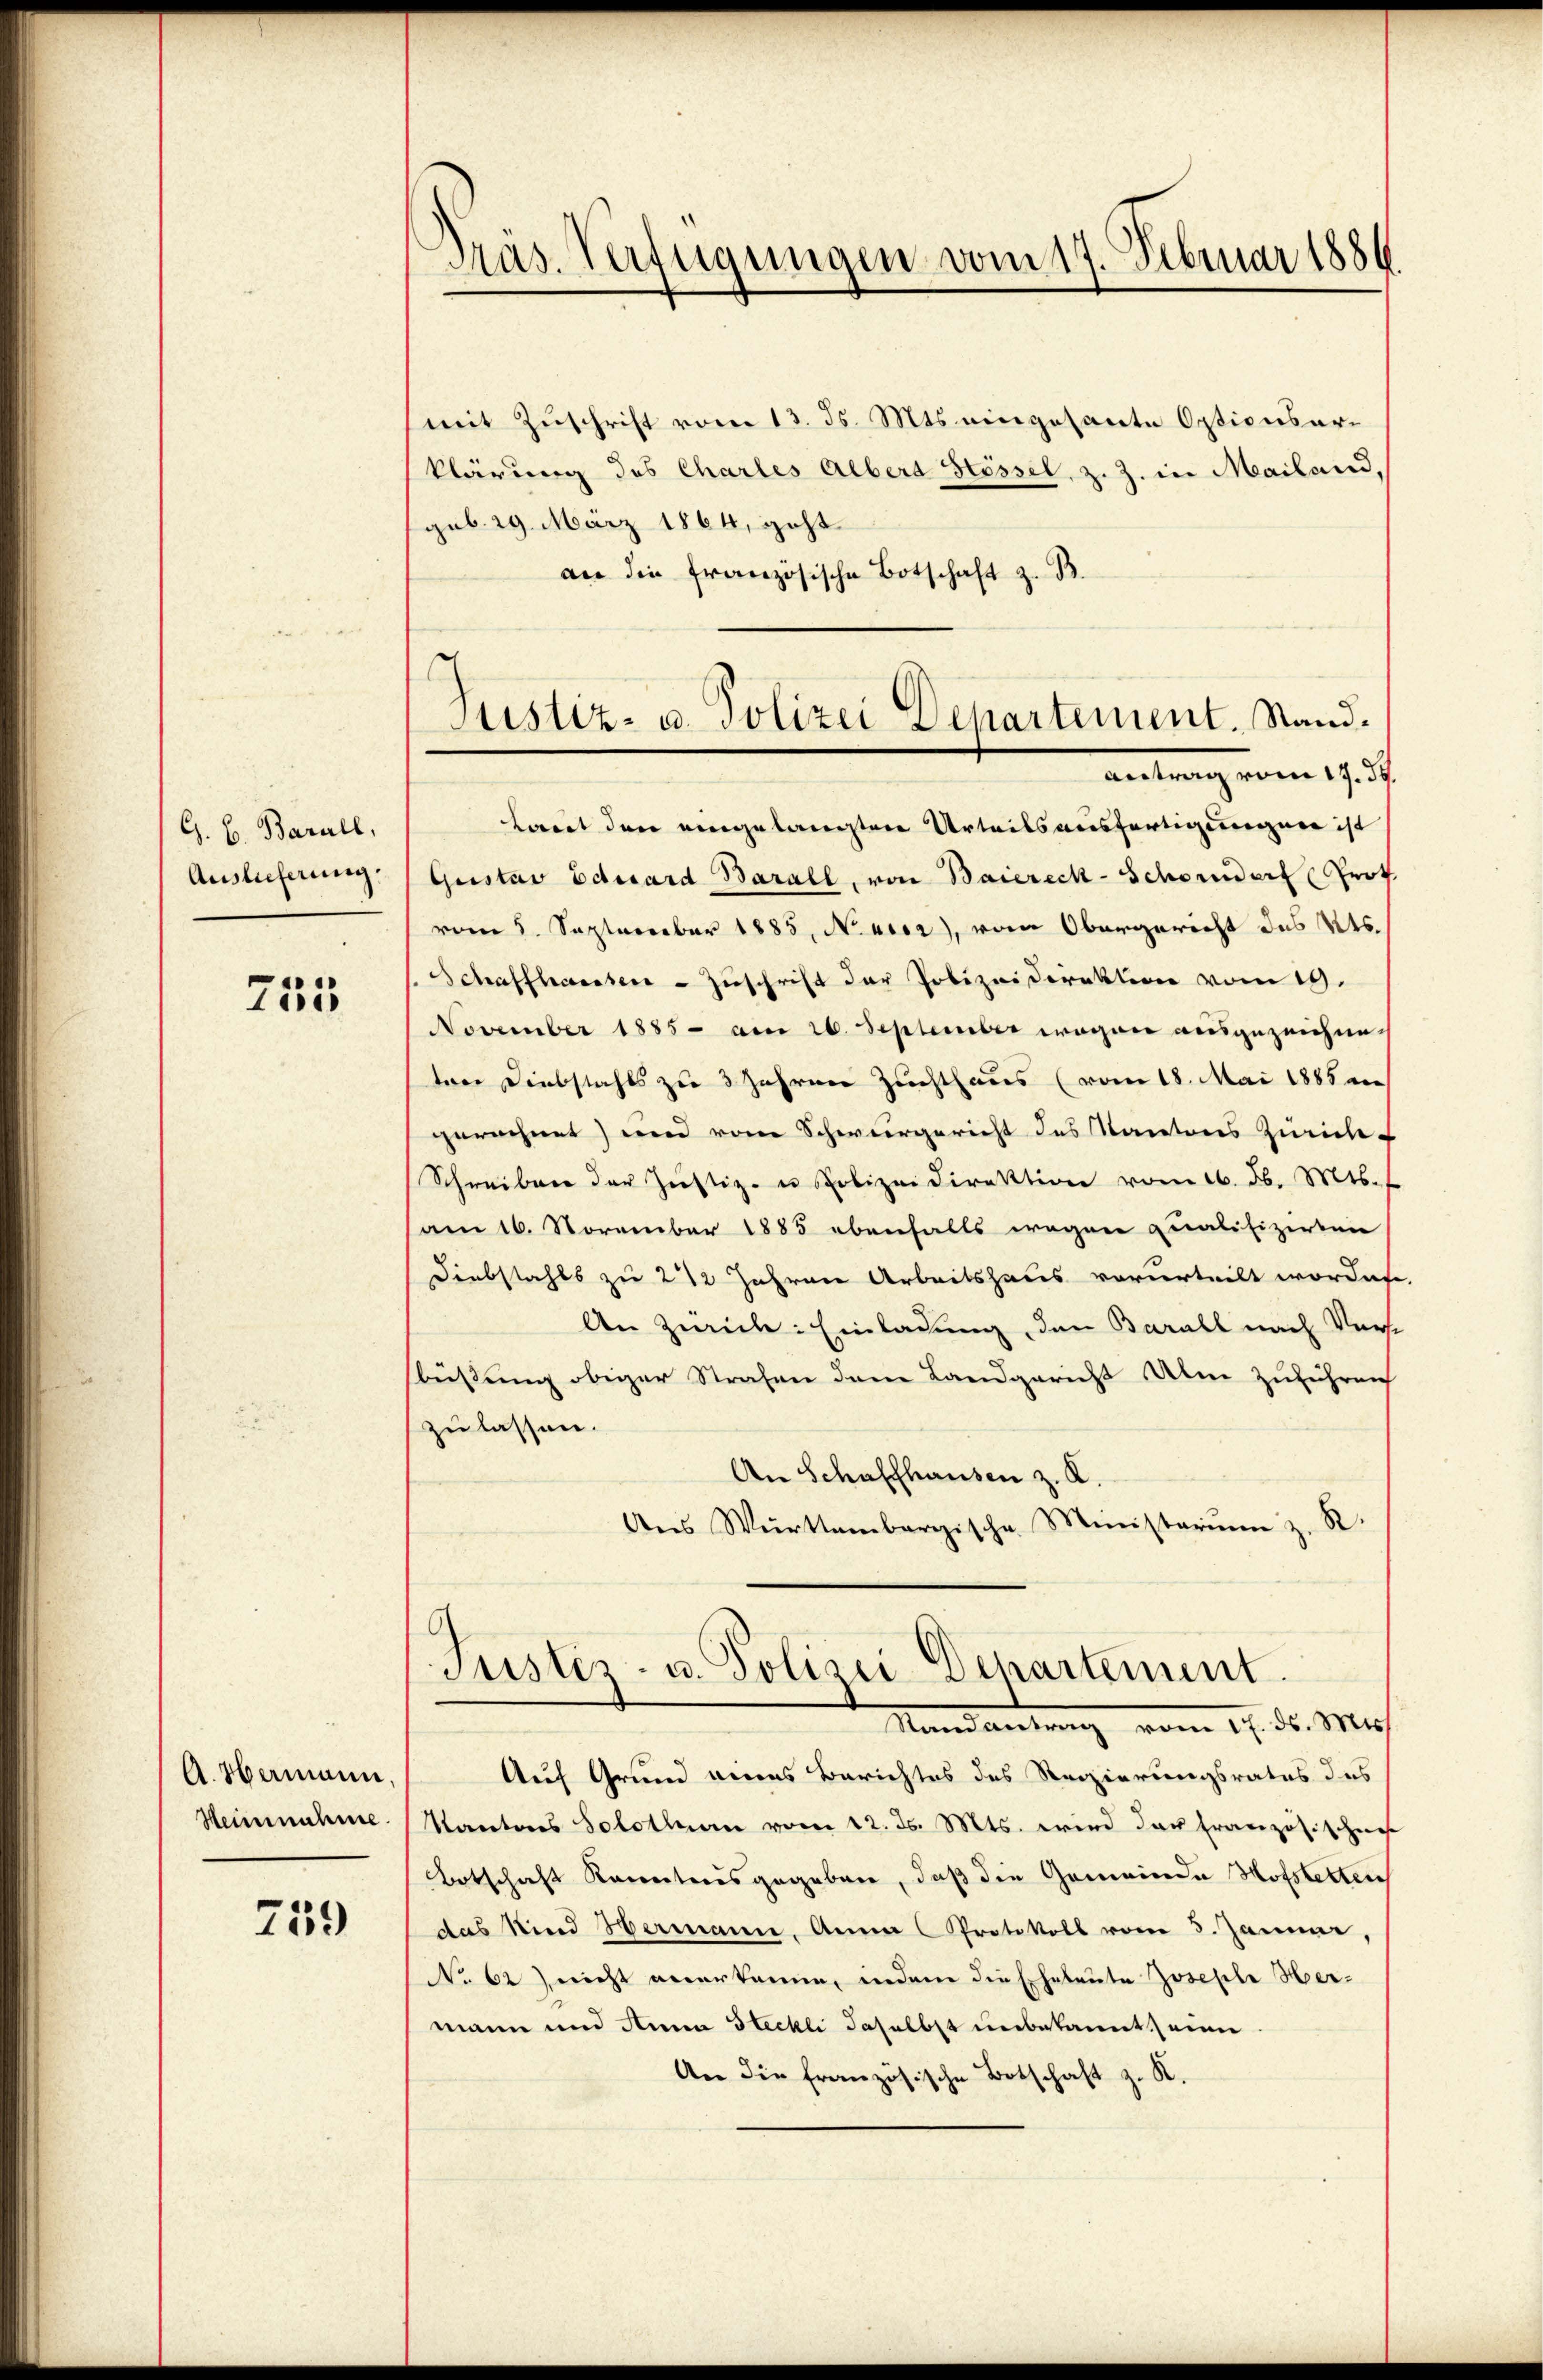
G. B. Barall,
Auslieferung.

755

A. Hermann,
Heinnahme.

759

Pras. Verfügungen vom 17. Februar 1886.

Justiz- u. Polizei Departement. Stand.
Antrag vom 17. ds.

mit Zuschrift vom 13. ds. Mts. eingesante Optionsarklärung des Charles Albert Stössel, z. Z. in Mailand,
gub. 29. März 1864, geht.
an die französische Botschaft z. B.
tant den eingelangten Urteilsausfertigungen ist
Gustav Eduard Barall, von Baiereck-Schordert Prof.
vom 5. September 1885, Navor, vom Obergericht des Kts.
Schaffhaussere - Zuschrift der Polizeidirektion vom 19.
November 1855 - am 26. September wegen ausgezeichneten Diebstahls zu 3 Jahren Zuchthaus (vom 18. Mai 1885 an
gerechnet) und vom Schwurgericht des Kantons Zürich-
Schreiben der Justiz- u Polizeidirektion vom 16. d. Mts.
am 16. November 1885 ebenfalls wegen qualifizirten
Diebstahls zu 2 12 Jahren Arbeitshaus verurteilt worden
An Zwick: Einladung, den Barall nach Vorst
büßung obiger Strafen dem Landgericht Ulm zuführen
zulassen.
An Schaffhausen z. K
Ans Württembergische Ministerium z. R.
Justiz- u. Polizei Departement.
Nund antrag vom 17. d. Mts.
Auf Grund eines Berichtes des Regierungsrates des
Kantons Solothurn vom 12. ds. Mts. wird das Französischens
Botschaft Kantonsgegeben, daß die Gemeinde Hofstetten
das Kind Hermann. Anna Protokoll vom 3. Jannne,
No 62 nicht anerkanne, indem die Eheleute Joseph Hermann und Anna Steckli daselbst unbekannt eine
An die französische Botschaft z. R.